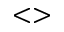
< >